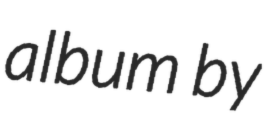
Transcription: album by